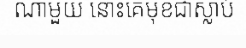
ណាមួយ នោះគេមុខជាស្លាប់